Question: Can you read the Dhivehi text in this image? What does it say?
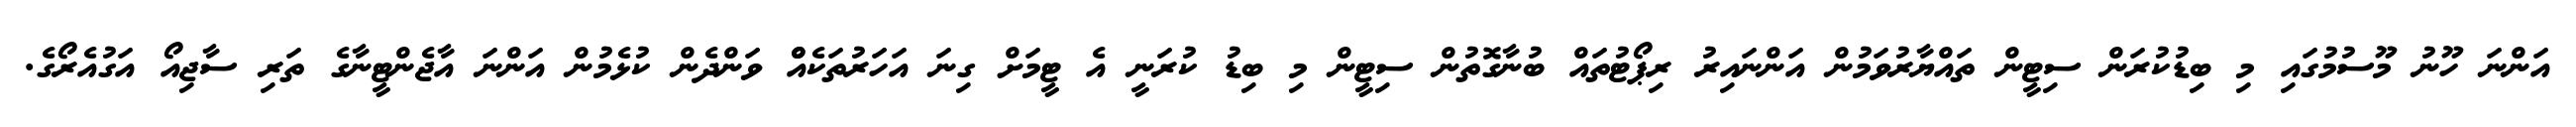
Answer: އަންނަ ހޫނު މޫސުމުގައި މި ބިޑުކުރަން ސިޓީން ތައްޔާރުވަމުން އަންނައިރު ރިޕޯޓުތައް ބުނާގޮތުން ސިޓީން މި ބިޑު ކުރަނީ އެ ޓީމަށް ގިނަ އަހަރުތަކެއްް ވަންދެން ކުޅެމުން އަންނަ އާޖެންޓީނާގެ ތަރި ސާޖިއޯ އަގުއެރޯގެ.